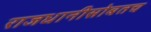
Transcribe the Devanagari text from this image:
राजधानीसोबतच